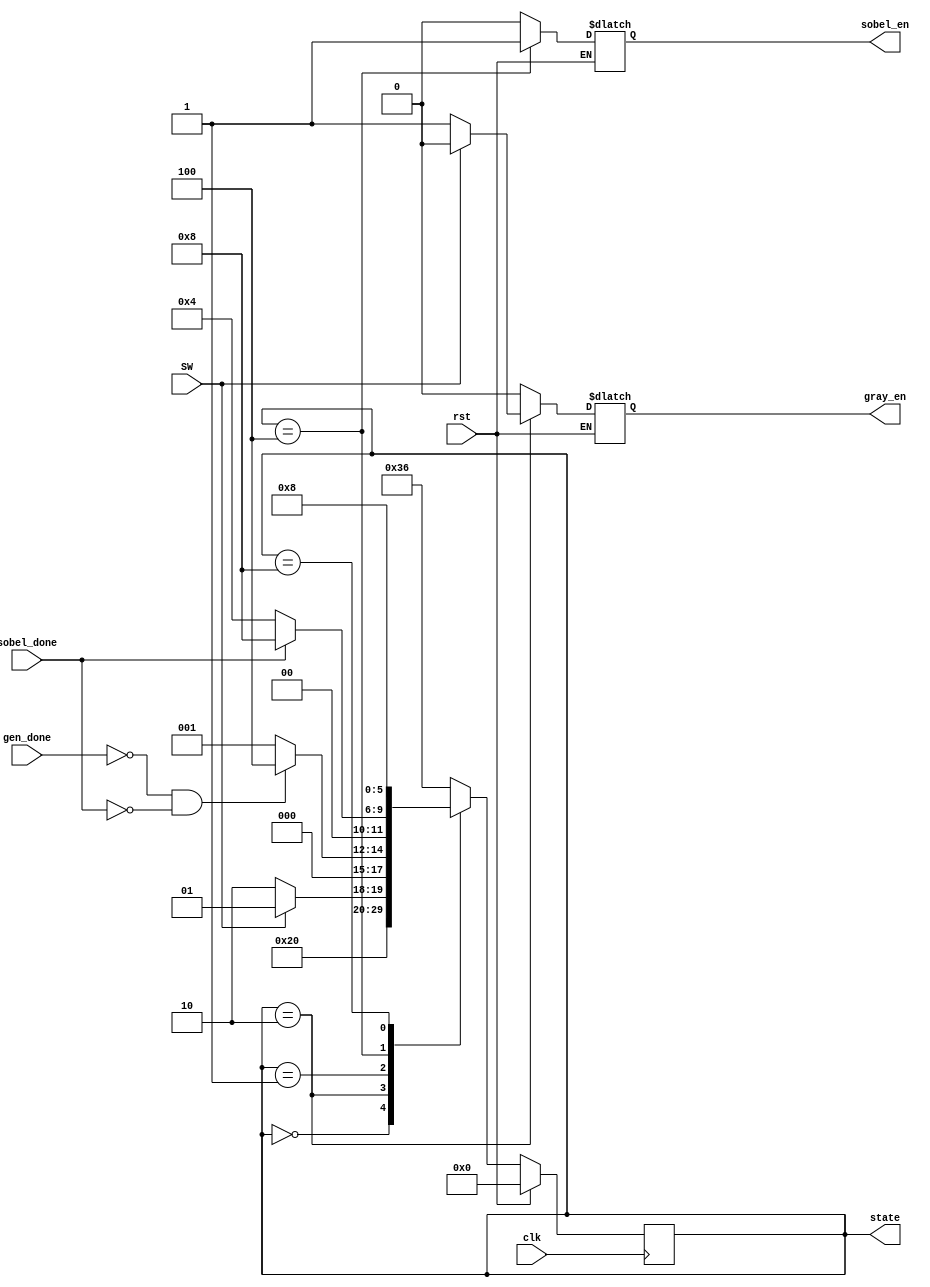
module FSM(clk, rst ,SW, gen_done,sobel_done, gray_en, sobel_en, state);

input clk, rst,SW;
input gen_done, sobel_done; 
output reg gray_en, sobel_en;

parameter  	RESET 			 = 		6'b000000;
parameter 	IDLE 				 = 		6'b000001;
parameter 	SETUP 			 = 		6'b000010;
parameter 	SOBEL 			 = 		6'b000100;
parameter 	DONE 				 = 		6'b001000;
output reg [5:0] state;
reg [5:0]  state_c; //will let me select display



always @(posedge clk) begin
	state <= state_c;
end
initial state_c <= 6'b000000;
initial state <= 6'b000000;


// The FSM for this system is very simple, and linear. During the SETUP Phase, the grayscale is computed. Originally, it was fed the signal gen_done, but because of 
//clock synchonization issues (add_gen clocked at 25 MHz and fsm at 50 Hz), I decided to manually change the state with the switch.
always @(*) begin
		if( rst == 1'b1) begin
			state_c <= 6'b000000;
		end else begin

	sobel_en = 1'b0;
	gray_en = 1'b0;
	case(state)
		RESET: begin
			sobel_en = 1'b0;
			gray_en = 1'b0;
			state_c <= SETUP;
		end
		SETUP:
			begin
					if(SW == 1'b1) begin
						state_c <= IDLE;
						gray_en = 1'b0;
						sobel_en = 1'b0;
					end
					else begin
						state_c <= SETUP;
						gray_en = 1'b1;
						sobel_en = 1'b0 ;
					end
			end
		IDLE: 
			begin
					if(gen_done == 1'b0 & sobel_done == 1'b0) begin // in this idle state, waits for any metastable conditions in the system to subside before proceeeding to SOBEL
						state_c <=  SOBEL;
						sobel_en = 1'b0;
						gray_en = 1'b0;
					end
					else begin
						sobel_en = 1'b0;
						gray_en = 1'b0;
						state_c <= #1 IDLE;
					end
			end
		SOBEL:
			begin
					//if(sobel_done == 1'b1 | gen_done == 1'b1) begin /// takes the output from mem.v where the algorithm is preformed
					if(sobel_done == 1'b1) begin
						state_c <= DONE;
						sobel_en = 1'b1;
						gray_en = 1'b0;
					end
					else begin
						sobel_en = 1'b1; //8/2 addition
						gray_en = 1'b0;
						state_c <= #1 SOBEL;
						// waiting for sobel to finish
					end
			end
		DONE:
			begin 
					sobel_en = 1'b0;
					gray_en = 1'b0;
					state_c <= DONE;
			end
		default:begin
				state_c <= #1 6'b110110;
				sobel_en = 1'b0;
				gray_en = 1'b0;
			
		end
		endcase
	end
end


endmodule